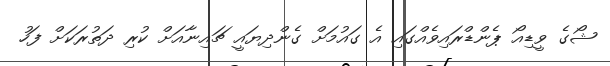
ޝޯގެ ވީޑިއޯ ޕެންޑްރައިވެއްގައި އެ ގައުމަށް ގެންދިޔައީ ޗައިނާއަށް ކުރި ދަތުރަކަށް ފަހު